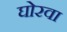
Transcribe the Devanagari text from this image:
घोरवा